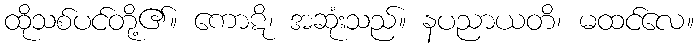
ထိုသစ်ပင်တို့၏။ ကောဋိ၊ အဆုံးသည်။ နပညာယတိ၊ မထင်လေ။